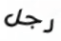
رجل